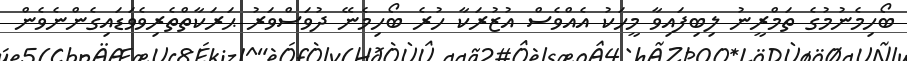
ބޯހިމެނުމުގެ ތަމްރީނު ލިބިފައިވާ މީހަކު އެއްވެސް އުޒުރަކާ ހުރެ ބޯހިމެނޭ ދުވަސްވަރު ޙަރަކާތްތެރިވެވަޑައިގެންނެވެން